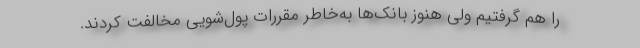
را هم گرفتیم ولی هنوز بانک‌ها به‌خاطر مقررات پول‌شویی مخالفت کردند.